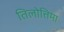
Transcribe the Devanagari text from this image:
तिलोत्तिमा